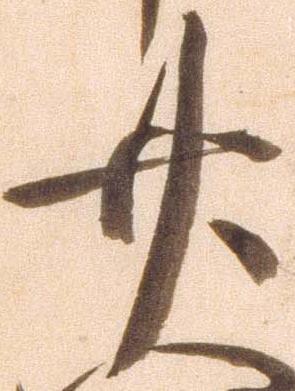
廿